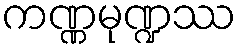
ကဏ္ဏမုဏ္ဍဿ